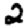
Digit: 2